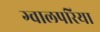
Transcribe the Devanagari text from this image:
ग्वालपरिया